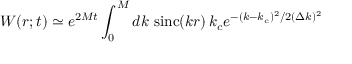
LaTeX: W ( r ; t ) \simeq e ^ { 2 M t } \int _ { 0 } ^ { M } d k \, \, \mathrm { s i n c } ( k r ) \, k _ { c } e ^ { - ( k - k _ { c } ) ^ { 2 } / 2 ( \Delta k ) ^ { 2 } }